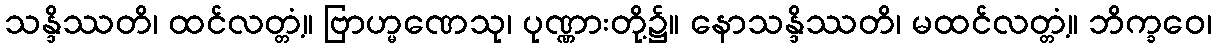
သန္ဒိဿတိ၊ ထင်လတ္တံ့။ ဗြာဟ္မဏေသု၊ ပုဏ္ဏားတို့၌။ နောသန္ဒိဿတိ၊ မထင်လတ္တံ့။ ဘိက္ခဝေ၊